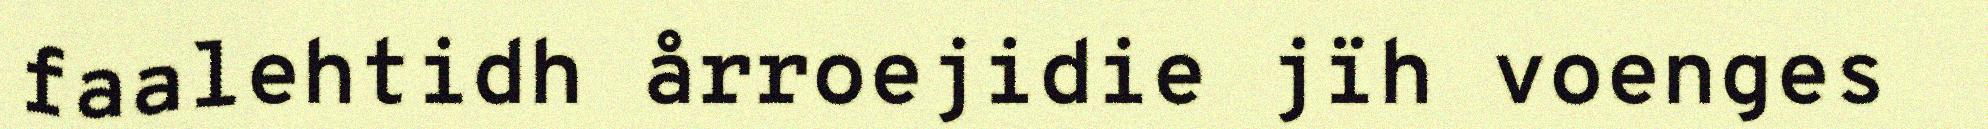
faalehtidh årroejidie jïh voenges